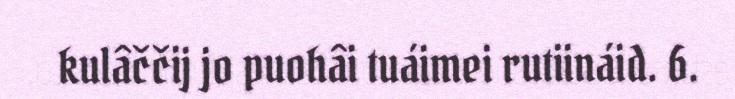
kulâččij jo puohâi tuáimei rutiináid. 6.